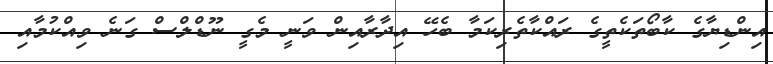
އިންޑިޔާގެ ކާބޯތަކެތީގެ ރައްކާތެރިކަމާ ބެހޭ އިދާރާއިންް ވަނީ މެގީ ނޫޑްލްސް ގަނެ ވިއްކުމާއި